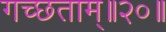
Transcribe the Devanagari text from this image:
गच्छताम्‌॥२०॥